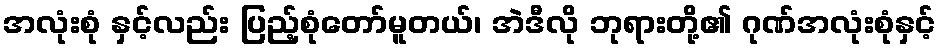
အလုံးစုံ နှင့်လည်း ပြည့်စုံတော်မူတယ်၊ အဲဒီလို ဘုရားတို့၏ ဂုဏ်အလုံးစုံနှင့်